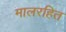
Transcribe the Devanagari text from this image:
मालरहित